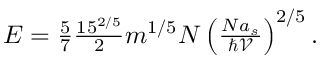
\begin{array} { r } { E = \frac { 5 } { 7 } \frac { 1 5 ^ { 2 / 5 } } { 2 } m ^ { 1 / 5 } N \left( \frac { N a _ { s } } { \hbar \mathcal { V } } \right) ^ { 2 / 5 } . } \end{array}